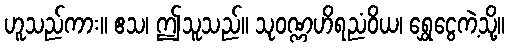
ဟူသည်ကား။ ဧသ၊ ဤသူသည်။ သုဝဏ္ဏဟိရညံဝိယ၊ ရွှေငွေကဲ့သို့။